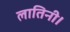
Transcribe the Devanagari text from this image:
लातिनी।